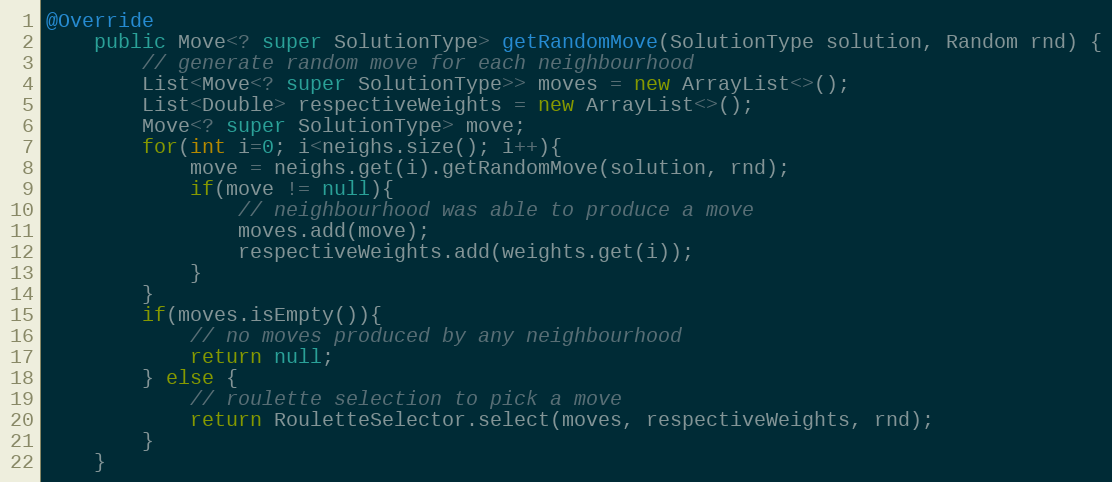
Language: Java
@Override
    public Move<? super SolutionType> getRandomMove(SolutionType solution, Random rnd) {
        // generate random move for each neighbourhood
        List<Move<? super SolutionType>> moves = new ArrayList<>();
        List<Double> respectiveWeights = new ArrayList<>();
        Move<? super SolutionType> move;
        for(int i=0; i<neighs.size(); i++){
            move = neighs.get(i).getRandomMove(solution, rnd);
            if(move != null){
                // neighbourhood was able to produce a move
                moves.add(move);
                respectiveWeights.add(weights.get(i));
            }
        }
        if(moves.isEmpty()){
            // no moves produced by any neighbourhood
            return null;
        } else {
            // roulette selection to pick a move
            return RouletteSelector.select(moves, respectiveWeights, rnd);
        }
    }